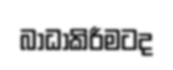
බාධාකිරීමටද